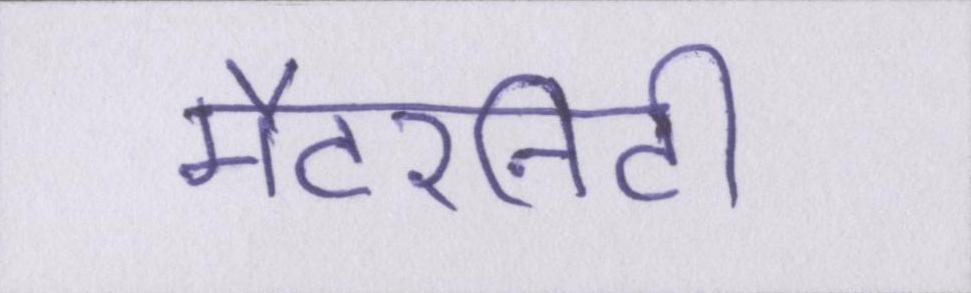
मैटरनिटी